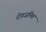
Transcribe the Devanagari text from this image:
रोगजनित